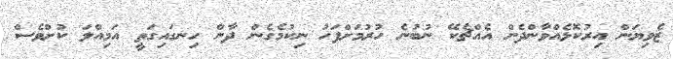
ޒެވިޔަން އިރުކޮޅެއްވާންދެން އެއްޗެކޭ ނުބުނެ ހުރުމަށްފަހު ނިކުމެގެން ދާން ހިނގައިގަތީ އަމިއްލަ ކުށްވެސް